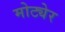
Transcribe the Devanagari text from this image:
मोट्येर